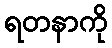
ရတနာကို